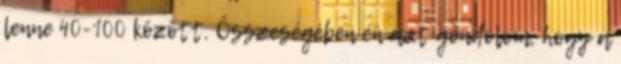
lenne 40-100 között. Összeségében én azt gondolom, hogy a